Annual administration report of the Civil Veterinary Department of India - 1894-1895
Year: 1894
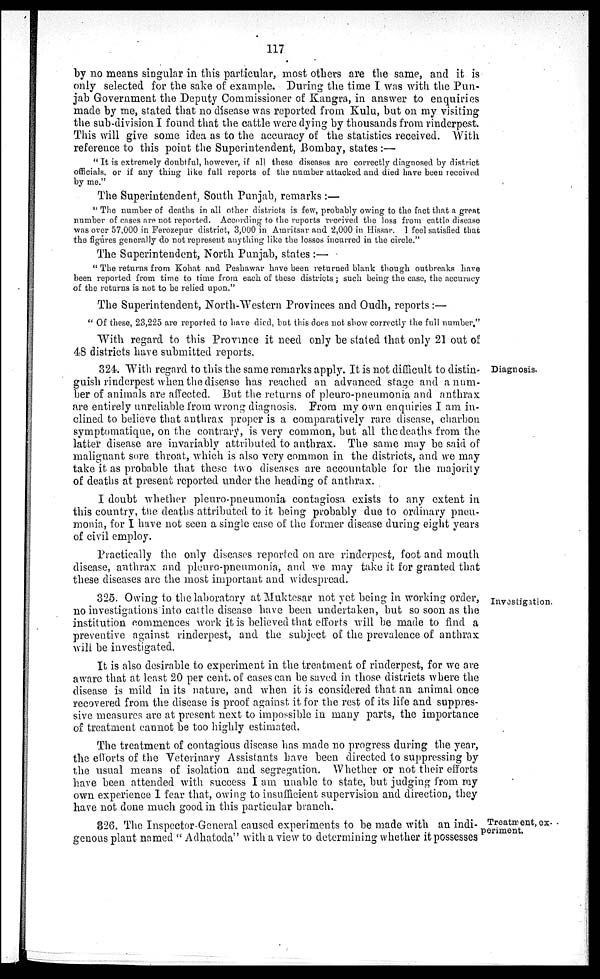
117
by no means singular in this particular, most others are the same, and it is
only selected for the sake of example. During the time I was with the Pun-
jab Government the Deputy Commissioner of Kangra, in answer to enquiries
made by me, stated that no disease was reported from Kulu, but on my visiting
the sub-division I found that the cattle were dying by thousands from rinderpest.
This will give some idea as to the accuracy of the statistics received. With
reference to this point the Superintendent, Bombay, states :—
" It is extremely doubtful, however, if all these diseases are correctly diagnosed by district
officials, or if any thing like full reports of the number attacked and died have been received
by me."
The Superintendent, South Punjab, remarks :—
" The number of deaths in all other districts is few, probably owing to the fact that a great
number of cases are not reported. According to the reports received the loss from cattle disease
was over 57,000 in Ferozepur district, 3,000 in Amritsar and 2,000 in Hissar. I feel satisfied that
the figures generally do not represent anything like the losses incurred in the circle."
The Superintendent, North Punjab, states :—
" The returns from Kohat and Peshawar have been returned blank though outbreaks have
been reported from time to time from each of these districts ; such being the case, the accuracy
of the returns is not to be relied upon."
The Superintendent, North-Western Provinces and Oudh, reports :—
" Of these, 23,225 are reported to have died, but this does not show correctly the full number."
With regard to this Province it need only be stated that only 21 out of
48 districts have submitted reports.
Diagnosis.
324. With regard to this the same remarks apply. It is not difficult to distin-
guish rinderpest when the disease has reached an advanced stage and a num-
ber of animals are affected. But the returns of pleuro-pneumonia and anthrax
are entirely unreliable from wrong diagnosis. From my own enquiries I am in-
clined to believe that anthrax proper is a comparatively rare disease, charbon
symptomatique, on the contrary, is very common, but all the deaths from the
latter disease are invariably attributed to anthrax. The same may be said of
malignant sore throat, which is also very common in the districts, and we may
take it as probable that these two diseases are accountable for the majority
of deaths at present reported under the heading of anthrax.
I doubt whether pleuro-pneumonia contagiosa exists to any extent in
this country, the deaths attributed to it being probably due to ordinary pneu-
monia, for I have not seen a single case of the former disease during eight years
of civil employ.
Practically the only diseases reported on are rinderpest, foot and mouth
disease, anthrax and pleuro-pneumonia, and we may take it for granted that
these diseases are the most important and widespread.
Investigation.
325. Owing to the laboratory at Muktesar not yet being in working order,
no investigations into cattle disease have been undertaken, but so soon as the
institution commences work it is believed that efforts will be made to find a
preventive against rinderpest, and the subject of the prevalence of anthrax
will be investigated.
It is also desirable to experiment in the treatment of rinderpest, for we are
aware that at least 20 per cent. of cases can be saved in those districts where the
disease is mild in its nature, and when it is considered that an animal once
recovered from the disease is proof against it for the rest of its life and suppres-
sive measures are at present next to impossible in many parts, the importance
of treatment cannot be too highly estimated.
The treatment of contagious disease has made no progress during the year,
the efforts of the Veterinary Assistants have been directed to suppressing by
the usual means of isolation and segregation. Whether or not their efforts
have been attended with success I am unable to state, but judging from my
own experience I fear that, owing to insufficient supervision and direction, they
have not done much good in this particular branch.
Treatement,
ex..
periment.
326. The Inspector General caused experiments to be made with an indi-
genous plant named " Adhatoda" with a view to determining whether it possesses